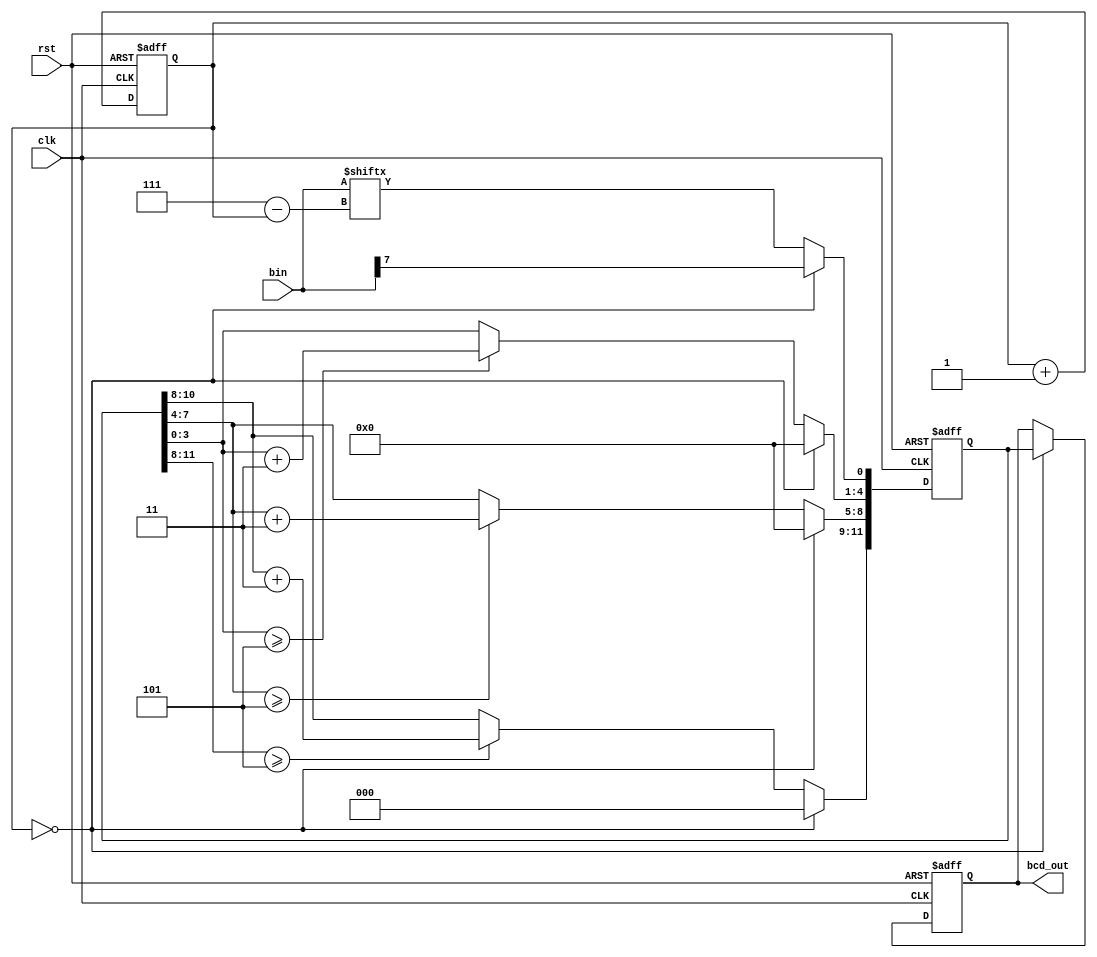

module bin2bcd(clk, rst, bin, bcd_out);

input clk, rst;
input [7:0] bin; 
reg [11:0] bcd;
output reg [11:0] bcd_out;
reg [2:0] i;

always  @(posedge  rst or posedge clk) begin
    if(rst) begin
    bcd <= {4'd0, 4'd0, 4'd0};
    i <= 0;
    end
    else begin
        if(i == 0) begin
            bcd[11:1] <= 11'b0000_0000_000;
            bcd[0] <= bin[7];
        end
        else begin
            bcd[11:9] <= (bcd[11:8] >= 3'd5) ? bcd[11:8] + 2'd3 : bcd[11:8];
            bcd[8:5] <= (bcd[7:4] >= 3'd5) ? bcd[7:4] + 2'd3 : bcd[7:4];
            bcd[4:1] <= (bcd[3:0] >= 3'd5) ? bcd[3:0] + 2'd3 : bcd[3:0];
            bcd[0] <= bin[7-i];
        end
        i <= i + 1;
    end
end

always @(posedge rst or posedge clk) begin
    if(rst) bcd_out <= {4'd0, 4'd0, 4'd0};
    else if(i == 0) bcd_out <= bcd;
end

endmodule